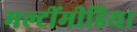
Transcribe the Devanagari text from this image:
मल्टींमीडिया